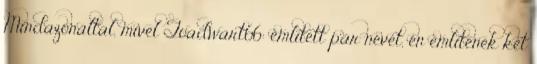
Mindazonáltal, mivel Toadwart66: említett pár nevet, én említenék két